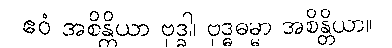
ဧဝံ အစိန္တိယာ ဗုဒ္ဓါ၊ ဗုဒ္ဓဓမ္မာ အစိန္တိယာ။